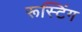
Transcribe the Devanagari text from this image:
रूस्टिंग